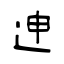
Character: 迧